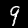
Label: 9